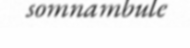
somnambule